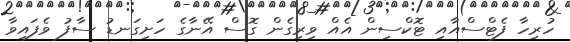
ހުރިހާ ފެޓްސްއާއި ޓޮކްސިން އެއް ވިރިގެން ގޮސް އޭނާގެ ހަށިގަނޑު ސާފު ވެފައިވާ